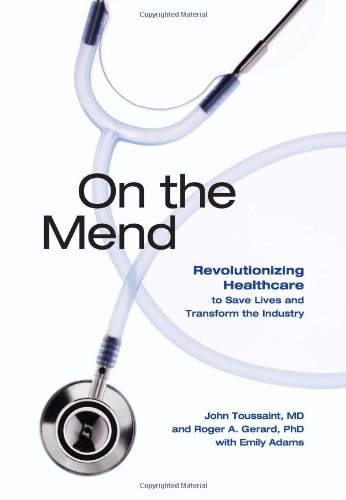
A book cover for On the Mend: Revolutionizing Healthcare to Save Lives and Transform the Industry; John, M.D. Toussaint; Business & Money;